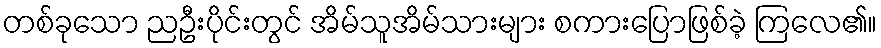
တစ်ခုသော ညဦးပိုင်းတွင် အိမ်သူအိမ်သားများ စကားပြောဖြစ်ခဲ့ ကြလေ၏။